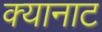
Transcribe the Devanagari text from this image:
क्यानाट